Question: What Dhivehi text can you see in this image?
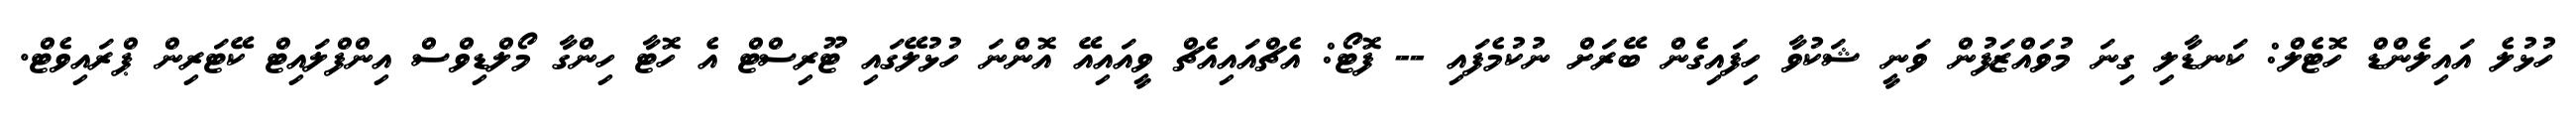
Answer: ހުޅުލެ އައިލެންޑް ހޮޓެލް: ކަނޑާލި ގިނަ މުވައްޒަފުން ވަނީ ޝަކުވާ ހިފައިގެން ބޭރަށް ނުކުމެފައި -- ފޮޓޯ: އެޗްއައިއެޗް ވީއައިއޭ އޮންނަ ހުޅުލޭގައި ޓޫރިސްޓް އެ ހޮޓާ ހިންގާ މޯލްޑިވްސް އިންފްލައިޓް ކޭޓަރިން ޕްރައިވެޓް.